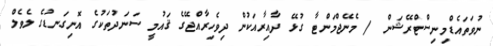
ނުވަތައެޑްމިނިސްޓްރޭޝަން / މެނޭޖްމަންޓާ ގުޅޭ ދާއިރާއަކުން ދިވެހިރާއްޖޭގެ ޤައުމީ ސަނަދުތަކުގެ އޮނިގަނޑުގެ ލެވެލް